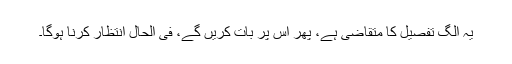
یہ الگ تفصیل کا متقاضی ہے، پھر اس پر بات کریں گے، فی الحال انتظار کرنا ہوگا۔